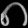
Digit: ၈